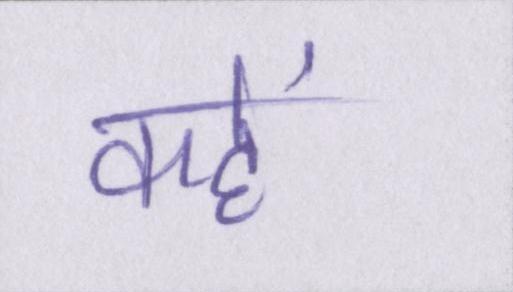
कहें